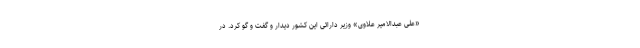
«علی عبدالامیر علاوی» وزیر دارائی این کشور دیدار و گفت و گو کرد. در